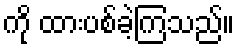
ကို ထားပစ်ခဲ့ကြသည်။